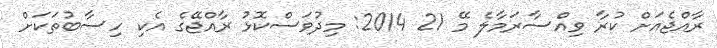
ރާއްޖެއަށް ކުރާ ވިއްސާރަމާލެ މޭ 21 2014: މިދުވަސްކޮޅު ރާއްޖޭގެ އެކި ހިސާބުތަކަށް